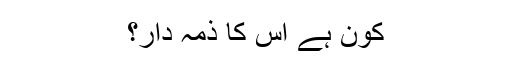
کون ہے اس کا ذمہ دار؟